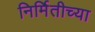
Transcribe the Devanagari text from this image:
निर्मितीच्‍या